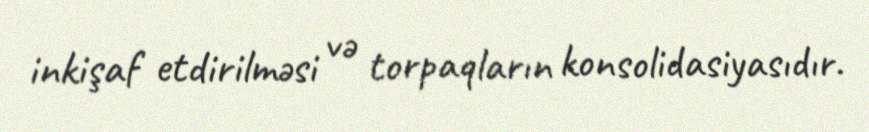
inkişaf etdirilməsi və torpaqların konsolidasiyasıdır.